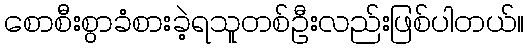
စောစီးစွာခံစားခဲ့ရသူတစ်ဦးလည်းဖြစ်ပါတယ်။